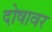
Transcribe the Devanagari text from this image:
दोषावर